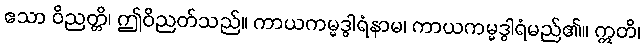
ဧသာ ဝိညတ္တိ၊ ဤဝိညတ်သည်။ ကာယကမ္မဒွါရံနာမ၊ ကာယကမ္မဒွါရံမည်၏။ ဣတိ၊